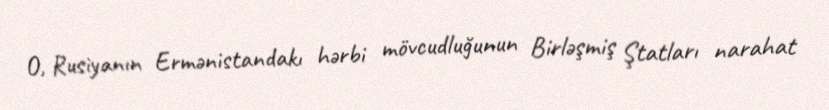
O, Rusiyanın Ermənistandakı hərbi mövcudluğunun Birləşmiş Ştatları narahat